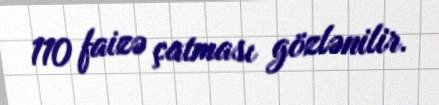
110 faizə çatması gözlənilir.